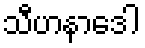
သီဟနာဒေါ